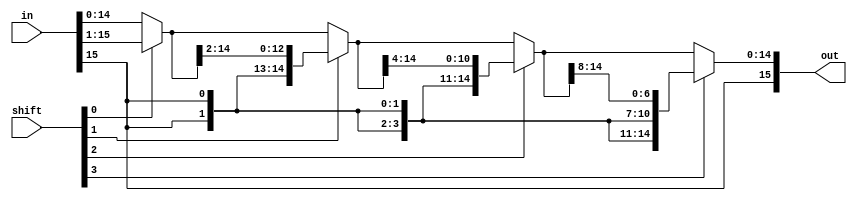
module Shifter16_AR(out, shift, in);
	input [3:0] shift; // shift bit   (4bit: 1~16bit Arthmetic Shift)
	input [15:0] in; // 16bit 
	output [15:0] out; // 16bit Arthmetic Shift 
	
	wire [15:0] ta; // 1bit Arthmetic Shift 
	wire [15:0] tb; // 2bit Arthmetic Shift 
	wire [15:0] tc; // 4bit Arthmetic Shift 
	wire [15:0] td; // 8bit Arthmetic Shift 

	// Arthmetic Shift Right
	assign ta = shift[0] ? ({in[15], in[15:1]}) : in; // <<1, >>1
	assign tb = shift[1] ? ({in[15], in[15], ta[15:2]}) : ta; // <<2, >>2
	assign tc = shift[2] ? ({in[15], in[15], in[15], in[15], tb[15:4]}) : tb; // <<4, >>4
	assign td = shift[3] ? ({in[15], in[15], in[15], in[15], in[15], in[15], in[15], in[15], tc[15:8]}) : tc; // <<8, >>8
	assign out = td;
endmodule